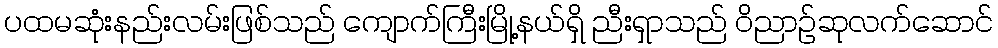
ပထမဆုံးနည်းလမ်းဖြစ်သည် ကျောက်ကြီးမြို့နယ်ရှိ ညီးရှာသည် ဝိညာဉ်ဆုလက်ဆောင်